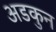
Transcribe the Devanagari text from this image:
अडकुन